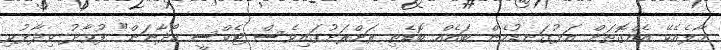
މާލެއެކޭ އެއްގޮތަށް އަޅުގަނޑުމެން ބައެއް ބޮޑެތި ރަށްރަށުގައިވެސް ޓެކްސީ ހޯދާނަން" ފުވާދު ވިދާޅުވި